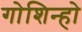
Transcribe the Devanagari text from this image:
गोशिन्हो